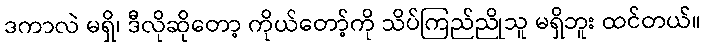
ဒကာလဲ မရှိ၊ ဒီလိုဆိုတော့ ကိုယ်တော့်ကို သိပ်ကြည်ညိုသူ မရှိဘူး ထင်တယ်။